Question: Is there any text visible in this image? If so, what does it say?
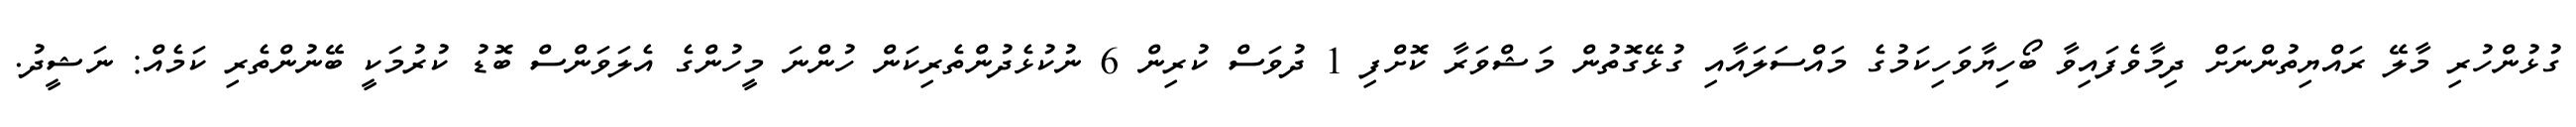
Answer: ގުޅުންހުރި މާލޭ ރައްޔިތުންނަށް ދިމާވެފައިވާ ބޯހިޔާވަހިކަމުގެ މައްސަލައާއި ގުޅޭގޮތުން މަޝްވަރާ ކޮށްފި 1 ދުވަސް ކުރިން 6 ނުކުޅެދުންތެރިކަން ހުންނަ މީހުންގެ އެލަވަންސް ބޮޑު ކުރުމަކީ ބޭނުންތެރި ކަމެއް: ނަޝީދު.